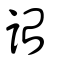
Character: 詒